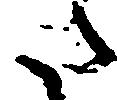
た